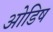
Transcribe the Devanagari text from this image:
ओडिष